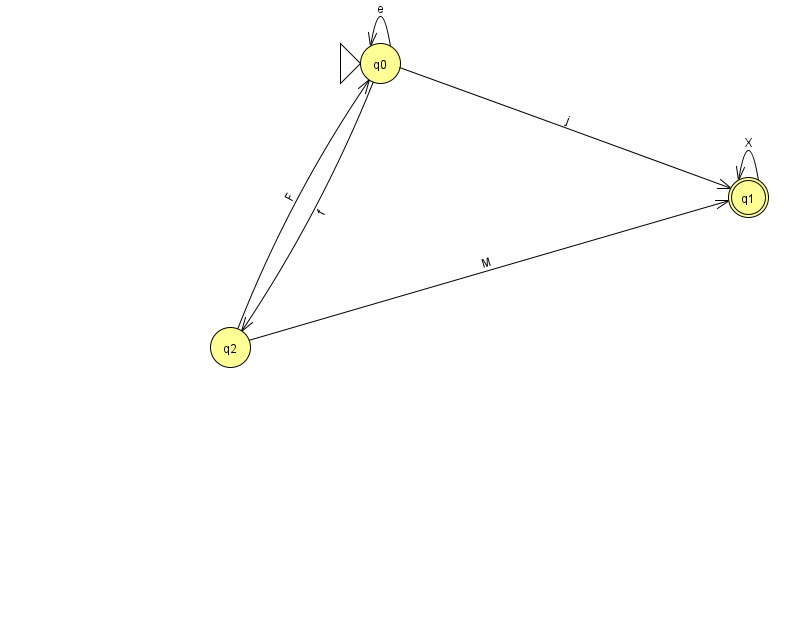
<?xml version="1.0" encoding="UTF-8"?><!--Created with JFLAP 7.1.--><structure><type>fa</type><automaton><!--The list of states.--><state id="0" name="q0"><x>380.0</x><y>50.0</y><initial/></state><state id="1" name="q1"><x>748.0</x><y>184.0</y><final/></state><state id="2" name="q2"><x>230.0</x><y>334.0</y></state><!--The list of transitions.--><transition><from>2</from><to>1</to><read>M</read></transition><transition><from>0</from><to>1</to><read>j</read></transition><transition><from>0</from><to>2</to><read>f</read></transition><transition><from>2</from><to>0</to><read>F</read></transition><transition><from>0</from><to>0</to><read>e</read></transition><transition><from>1</from><to>1</to><read>X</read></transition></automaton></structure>